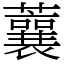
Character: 蘘